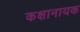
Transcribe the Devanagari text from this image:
कक्षानायक